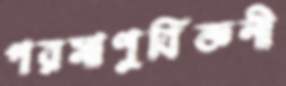
পরমাণুবিজ্ঞনী